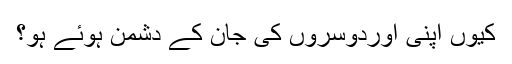
کیوں اپنی اوردوسروں کی جان کے دشمن ہوئے ہو؟